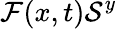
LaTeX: \mathcal{F}(x,t)\mathcal{{S}}^{y}